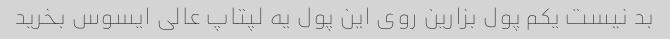
بد نیست یکم پول بزارین روی این پول یه لپتاپ عالی ایسوس بخرید